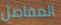
المفاصل